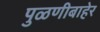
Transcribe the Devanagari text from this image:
पुळणीबाहेर